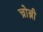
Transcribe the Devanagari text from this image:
च्रोब्री